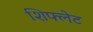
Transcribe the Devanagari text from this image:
शिफ्लेट